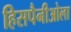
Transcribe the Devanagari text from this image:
हिसपैनीओला